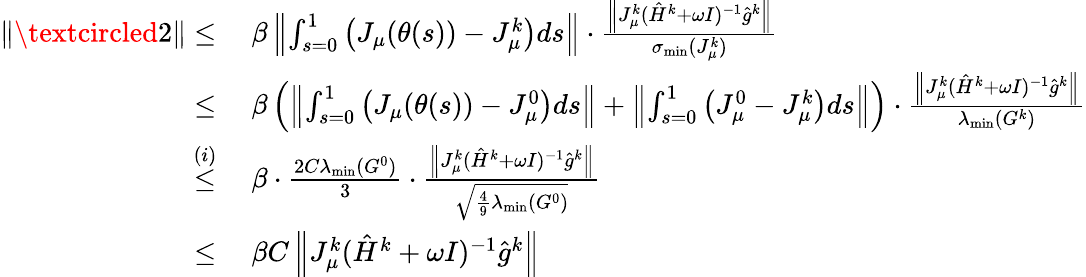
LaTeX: \begin{array}{rl}{\| \textcircled{2}\| \leq}&{\ \beta\left\| \int_{s=0}^{1}\left(J_{\mu}(\theta(s))-J_{\mu}^{k}\right)ds\right\| \cdot\frac{\left\| J_{\mu}^{k}(\hat{H}^{k}+\omega I)^{-1}\hat{g}^{k}\right\| }{\sigma_{\operatorname*{min}}(J_{\mu}^{k})}}\\ {\leq}&{\ \beta\left(\left\| \int_{s=0}^{1}\left(J_{\mu}(\theta(s))-J_{\mu}^{0}\right)ds\right\| +\left\| \int_{s=0}^{1}\left(J_{\mu}^{0}-J_{\mu}^{k}\right)ds\right\| \right)\cdot\frac{\left\| J_{\mu}^{k}(\hat{H}^{k}+\omega I)^{-1}\hat{g}^{k}\right\| }{\lambda_{\operatorname*{min}}(G^{k})}}\\ {\overset{(i)}{\leq}}&{\ \beta\cdot\frac{2C\lambda_{\operatorname*{min}}(G^{0})}{3}\cdot\frac{\left\| J_{\mu}^{k}(\hat{H}^{k}+\omega I)^{-1}\hat{g}^{k}\right\| }{\sqrt{\frac{4}{9}\lambda_{\operatorname*{min}}(G^{0})}}}\\ {\leq}&{\ \beta C\left\| J_{\mu}^{k}(\hat{H}^{k}+\omega I)^{-1}\hat{g}^{k}\right\| }\end{array}